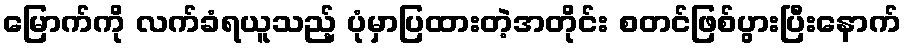
မြောက်ကို လက်ခံရယူသည့် ပုံမှာပြထားတဲ့အတိုင်း စတင်ဖြစ်ပွားပြီးနောက်